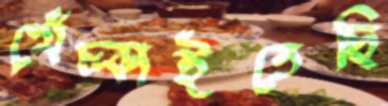
খেঁচ্‌কাইতেছি